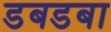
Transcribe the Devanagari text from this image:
डबडबा